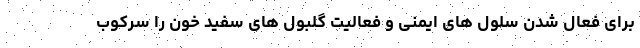
برای فعال شدن سلول های ایمنی و فعالیت گلبول های سفید خون را سرکوب